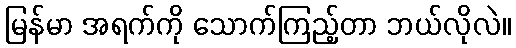
မြန်မာ အရက်ကို သောက်ကြည့်တာ ဘယ်လိုလဲ။